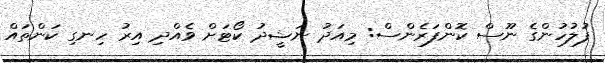
ފުލުހުންގެ ނޫސް ކޮންފަރެންސް: މިއަދު ނަޝީދު ކޯޓަށް ވެއްދި އިރު ހިނގި ކަންތައް